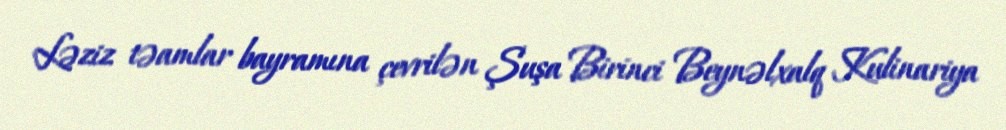
Ləziz təamlar bayramına çevrilən Şuşa Birinci Beynəlxalq Kulinariya